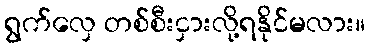
ရွက်လှေ တစ်စီးငှားလို့ရနိုင်မလား။